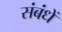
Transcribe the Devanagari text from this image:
संबंधें